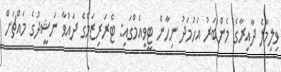
ވިލިމާލެ ދާއިރާގެ މެންބަރު އަހުމަދު ނިހާން ޓީވީއެމްގައި: ޓެރަރިޒަމްގެ ދައުވާ ނަޝީދުގެ މައްޗަށް